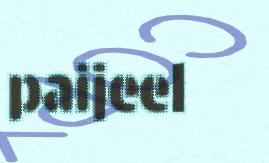
paijeel